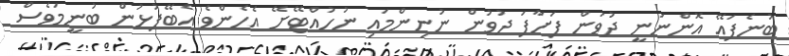
ބުނެފައޭ އޮންނަނީ ދުވަން ފަށާފަ ދުވުން ނުނިންމައި ނުހުއްޓޭށޭ އެހެންވެ އެބޭފުޅުން ބުނީމަވެސް